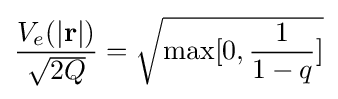
{V_{e}(|\mathbf {r} |) \over {\sqrt {2Q}}}={\sqrt {\max[0,{1 \over 1-q}]}}